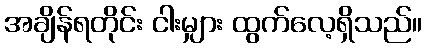
အချိန်ရတိုင်း ငါးမျှား ထွက်လေ့ရှိသည်။